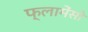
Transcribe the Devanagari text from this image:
फ्लामेंसो